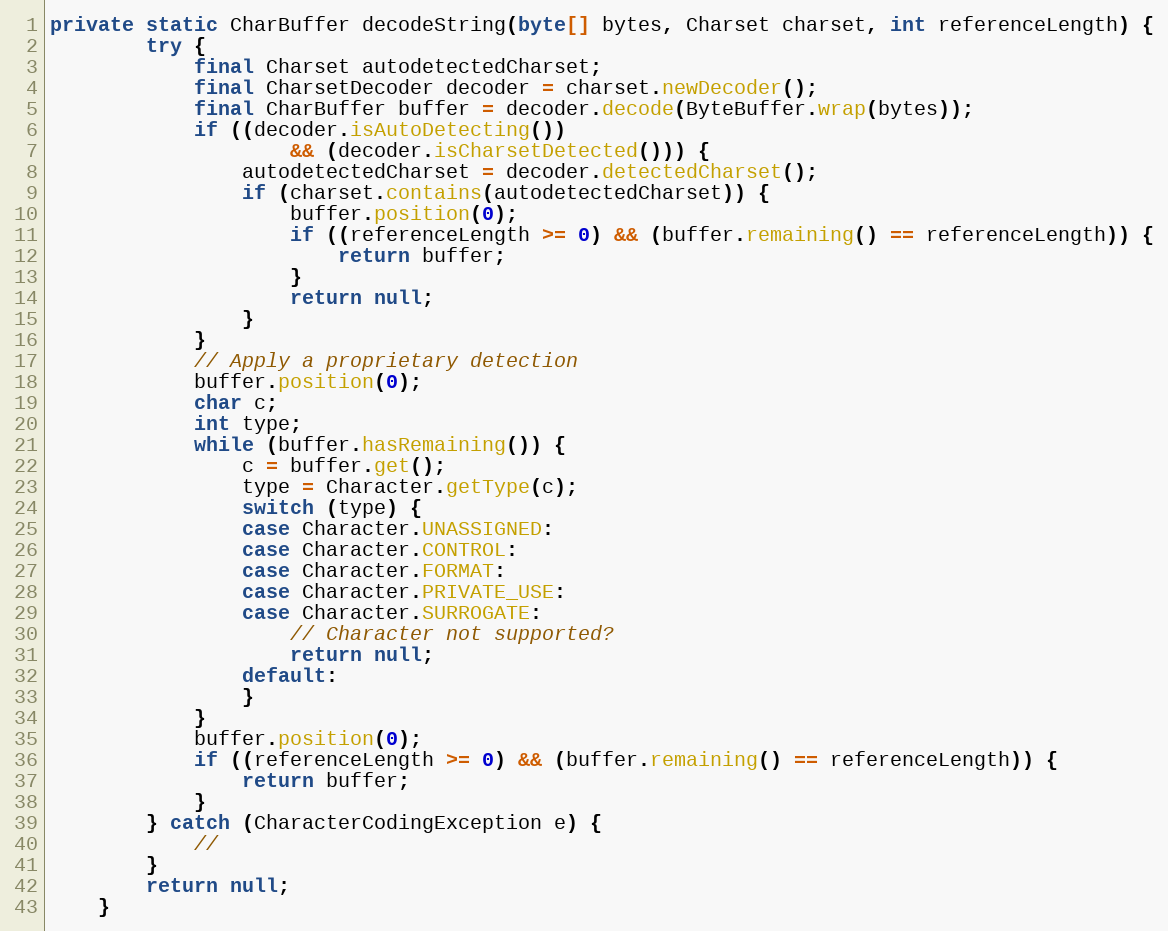
Language: Java
private static CharBuffer decodeString(byte[] bytes, Charset charset, int referenceLength) {
		try {
			final Charset autodetectedCharset;
			final CharsetDecoder decoder = charset.newDecoder();
			final CharBuffer buffer = decoder.decode(ByteBuffer.wrap(bytes));
			if ((decoder.isAutoDetecting())
					&& (decoder.isCharsetDetected())) {
				autodetectedCharset = decoder.detectedCharset();
				if (charset.contains(autodetectedCharset)) {
					buffer.position(0);
					if ((referenceLength >= 0) && (buffer.remaining() == referenceLength)) {
						return buffer;
					}
					return null;
				}
			}
			// Apply a proprietary detection
			buffer.position(0);
			char c;
			int type;
			while (buffer.hasRemaining()) {
				c = buffer.get();
				type = Character.getType(c);
				switch (type) {
				case Character.UNASSIGNED:
				case Character.CONTROL:
				case Character.FORMAT:
				case Character.PRIVATE_USE:
				case Character.SURROGATE:
					// Character not supported?
					return null;
				default:
				}
			}
			buffer.position(0);
			if ((referenceLength >= 0) && (buffer.remaining() == referenceLength)) {
				return buffer;
			}
		} catch (CharacterCodingException e) {
			//
		}
		return null;
	}